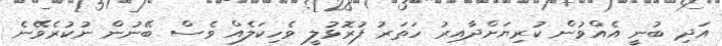
އަދި ބުނީ އެއްވުން ކުރިޔަށްދާއިރު ހަތަރު ފުރޮޅުލީ ވެހިކަލެއް ވެސް ބޭނުން ނުކުރެވޭނެ